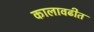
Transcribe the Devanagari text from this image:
कालावढीत